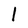
Character: l